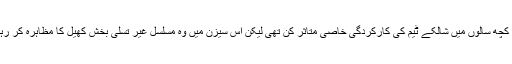
گزشتہ کچھ سالوں میں شالکے ٹیم کی کارکردگی خاصی متاثر کن تھی لیکن اس سیزن میں وہ مسلسل غیر تسلی بخش کھیل کا مظاہرہ کر رہی ہے۔